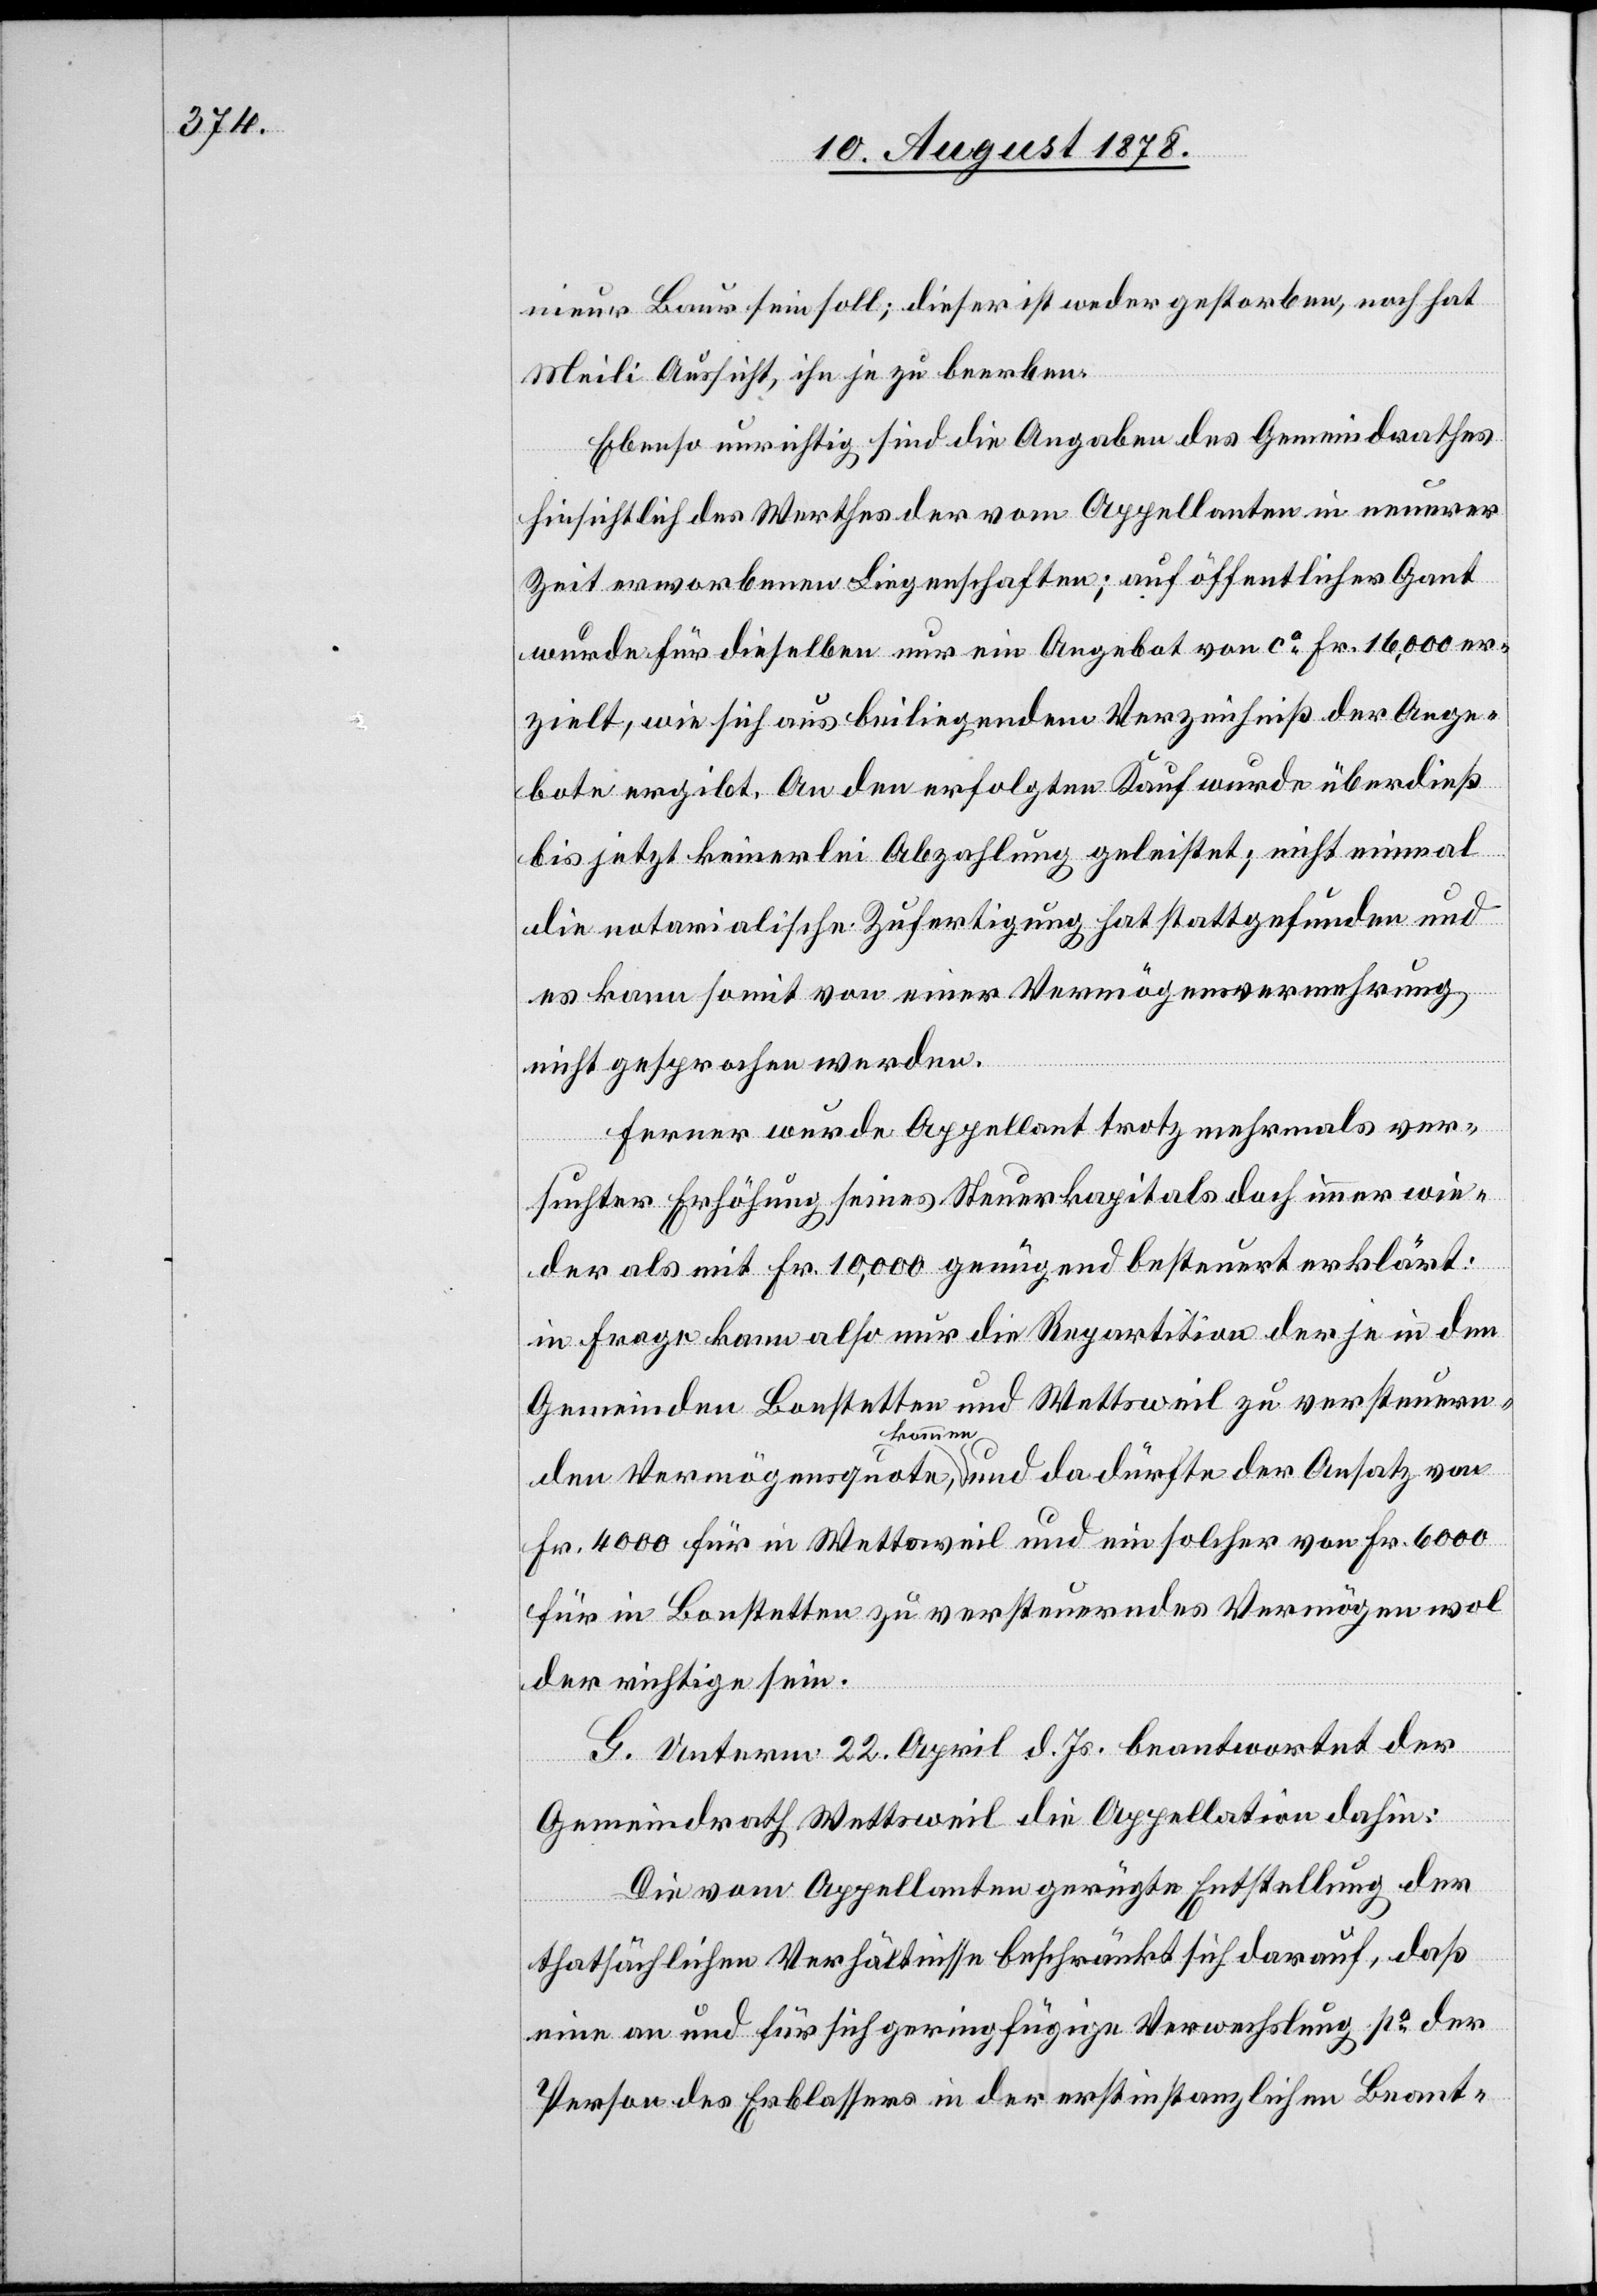
nieur Baur sein soll; dieser ist weder gestorben, noch hat
Meili Aussicht, ihn je zu beerben.
Ebenso unrichtig sind die Angaben des Gemeindrathes
hinsichtlich des Werthes der vom Appellanten in neuerer
Zeit erworbenen Liegenschaften; auf öffentlicher Gant
wurde für dieselben nur ein Angebot von ca Fr. 16,000 er¬
zielt, wie sich aus beiliegendem Verzeichniß der Ange¬
bote ergibt. An den erfolgten Kauf wurde überdieß
bis jetzt keinerlei Abzahlung geleistet; nicht einmal
die notarialische Zufertigung hat stattgefunden und
es kann somit von einer Vermögensvermehrung
nicht gesprochen werden.
Ferner wurde Appellant trotz mehrmals ver¬
suchter Erhöhung seines Steuerkapitals doch immer wie¬
der als mit Fr. 10,000 genügend besteuert erklärt:
in Frage kann also nur die Repartition der je in den
Gemeinden Bonstetten und Wettsweil zu versteuern¬
Fr. 4000 für in Wettsweil und ein solcher von Fr. 6000
für in Bonstetten zu versteuerndes Vermögen wol
der richtige sein.
Ansatz
G. Unterm 22. April d. Js. beantwortet der
Gemeindrath Wettsweil die Appellation dahin:
Die vom Appellanten gerügte Entstellung der
thatsächlichen Verhältnisse beschränkt sich darauf, daß
eine an und für sich geringfügige Verwechslung po der
Person des Erblassers in der erstinstanzlichen Beant-

von